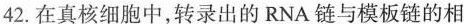
42.在真核细胞中，转录出的RNA链与模板链的相